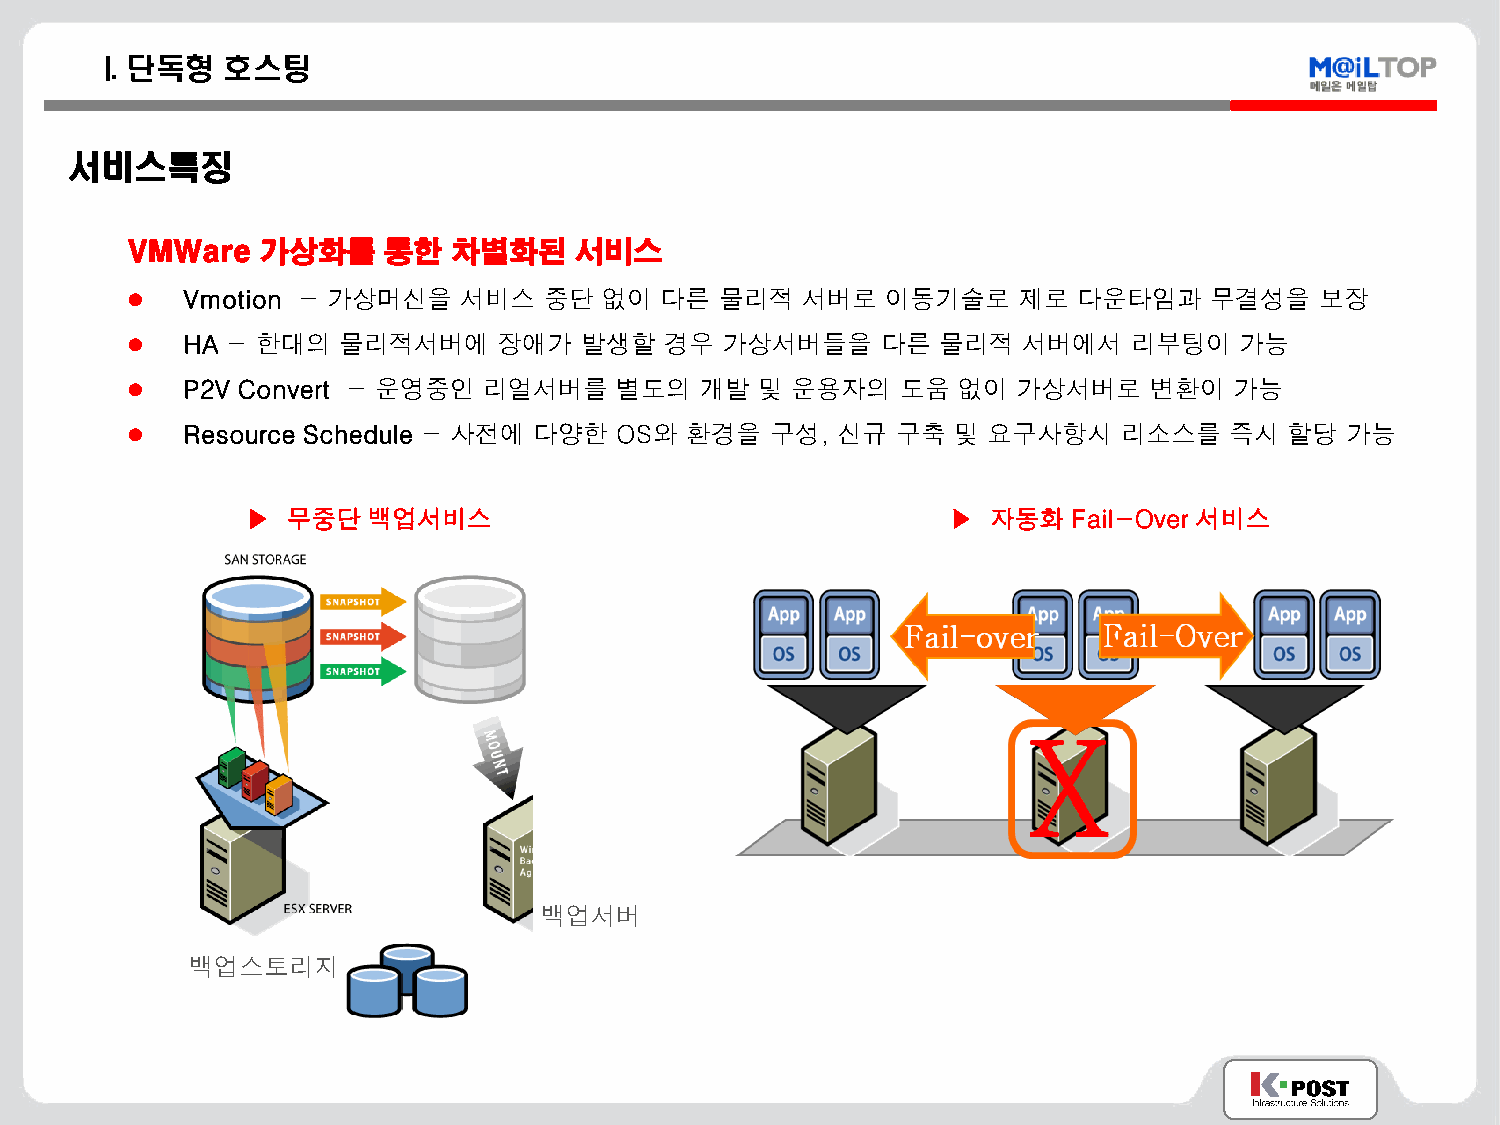
I. 단독형  호스팅
 서비스특징
 VMWare   가상화를    통한   차별화된    서비스
    Vmotion - 가상머신을   서비스   중단  없이  다른  물리적  서버로   이동기술로   제로  다운타임과    무결성을   보장
    HA - 한대의  물리적서버에     장애가  발생할   경우  가상서버들을    다른  물리적   서버에서   리부팅이   가능
    P2V Convert - 운영중인  리얼서버를    별도의  개발  및 운용자의    도움 없이  가상서버로    변환이   가능
    Resource Schedule - 사전에 다양한  OS와 환경을   구성, 신규  구축  및 요구사항시    리소스를   즉시  할당  가능
 ▶  무중단  백업서비스                                  ▶  자동화  Fail-Over 서비스
 백업서버
 백업스토리지